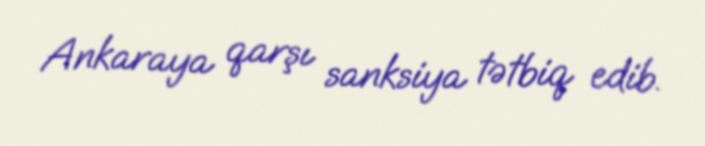
Ankaraya qarşı sanksiya tətbiq edib.